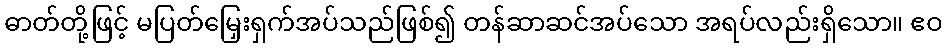
ဓာတ်တို့ဖြင့် မပြတ်မြှေးရှက်အပ်သည်ဖြစ်၍ တန်ဆာဆင်အပ်သော အရပ်လည်းရှိသော။ ဧဝ